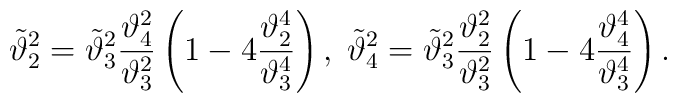
\tilde\vartheta_2^2=\tilde\vartheta_3^2{\vartheta_4^2\over\vartheta_3^2}\left(1-4{\vartheta_2^4\over\vartheta_3^4}\right),\;\tilde\vartheta_4^2=\tilde\vartheta_3^2{\vartheta_2^2\over\vartheta_3^2}\left(1-4{\vartheta_4^4\over\vartheta_3^4}\right).